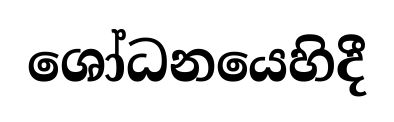
ශෝධනයෙහිදී